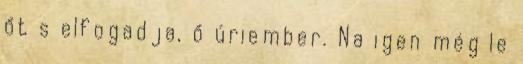
őt s elfogadja, ő úriember. Na igen még le